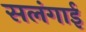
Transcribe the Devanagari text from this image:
सलंगाई